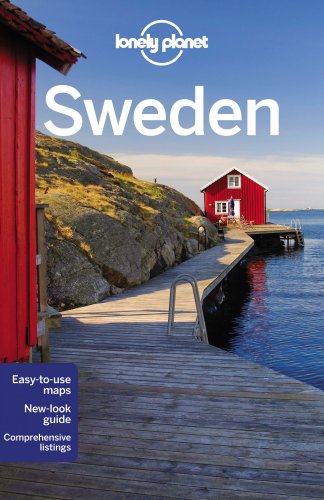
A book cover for Lonely Planet Sweden (Travel Guide); Lonely Planet; Travel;